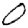
Digit: 0